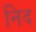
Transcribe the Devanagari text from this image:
निद